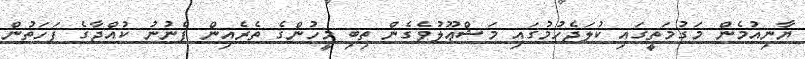
ޔާނިއުމެން މަގުމަތީގައި ކުލަޖެހުމުގައި މަޝްޢޫލުވެގެން ތިބި މީހުންގެ ތެރެއިން ފެނުނު ކުއްޖާގެ ފަހަތުން